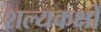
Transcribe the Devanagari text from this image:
शल्यकक्षों